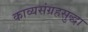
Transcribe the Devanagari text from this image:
काव्यसंग्रहसुद्धा